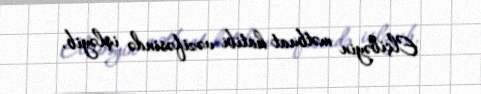
Elçibəyin mətbuat katibi vəzifəsində işləyib.